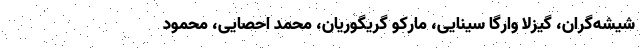
شیشه‌گران، گیزلا وارگا سینایی، مارکو گریگوریان، محمد احصایی، محمود